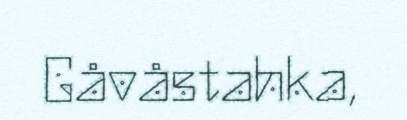
Gåvåstahka,